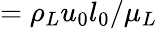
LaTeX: =\rho_{L}u_{0}l_{0}/\mu_{L}